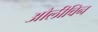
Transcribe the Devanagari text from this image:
औलीविन